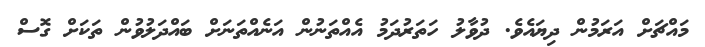
މައްޗަށް އަރަމުން ދިޔައެވެ. ދުވާލު ހަތަރުދަމު އެއްތަނުން އަނެއްތަނަށް ބައްދަލުވުން ތަކަށް ގޮސް